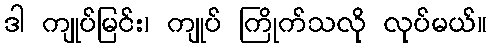
ဒါ ကျုပ်မြင်း၊ ကျုပ် ကြိုက်သလို လုပ်မယ်။